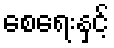
စေရေးနှင့်